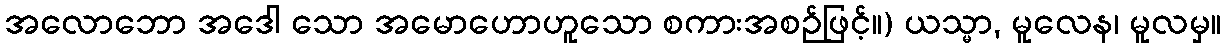
အလောဘော အဒေါ သော အမောဟောဟူသော စကားအစဉ်ဖြင့်။) ယသ္မာ, မူလေန၊ မူလမှ။